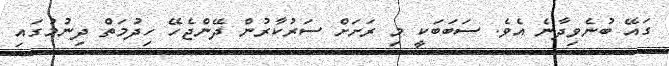
ގައޭ ބުނެވިދާނެ އެވެ. ސަބަބަކީ މި ރަށަށް ސަރުކާރުން ދޭންޖެހޭ ހިދުމަތް ދިނުމުގައި